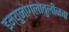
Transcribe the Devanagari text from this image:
इम्युनोग्लोबुलीनचा